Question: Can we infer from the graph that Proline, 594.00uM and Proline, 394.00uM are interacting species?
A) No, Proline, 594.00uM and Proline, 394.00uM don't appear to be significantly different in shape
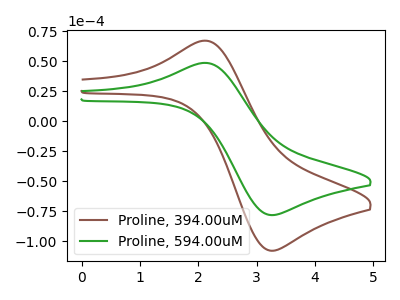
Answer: <think>The brown curve "Proline, 394.00uM" has an anodic peak at (2.15V, 67.15uA) and a cathodic peak at (3.25V, -107.95uA). The green curve "Proline, 594.00uM" has an anodic peak at (2.15V, 48.65uA) and a cathodic peak at (3.25V, -78.25uA).
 All the peaks in "Proline, 594.00uM" have a peak in "Proline, 394.00uM" at the same potential. Every peak in "Proline, 594.00uM" is lower than every peak in "Proline, 394.00uM".</think>
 <answer>A) No, "Proline, 594.00uM" and "Proline, 394.00uM" don't appear to be significantly different in shape</answer>
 <eval>A</eval>